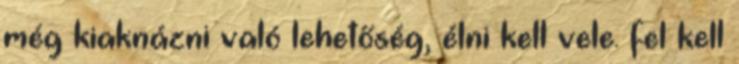
még kiaknázni való lehetőség, élni kell vele. fel kell